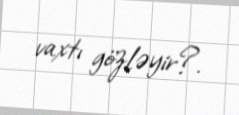
vaxtı gözləyir?.